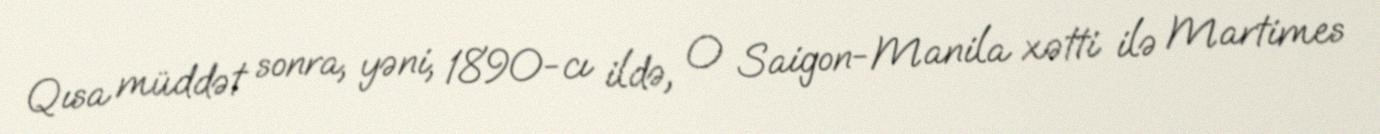
Qısa müddət sonra, yəni, 1890-cı ildə, O Saigon-Manila xətti ilə Martimes